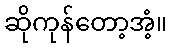
ဆိုကုန်တော့အံ့။